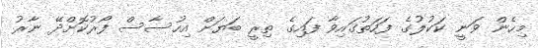
މިހެން ވަނީ ކަކުލުގެ ފަހަތުގައިވާ ފައިގެ ތިރީ ބަޔަށް އިހުސާސް ފޯރުކޮށްދޭ ނާރު